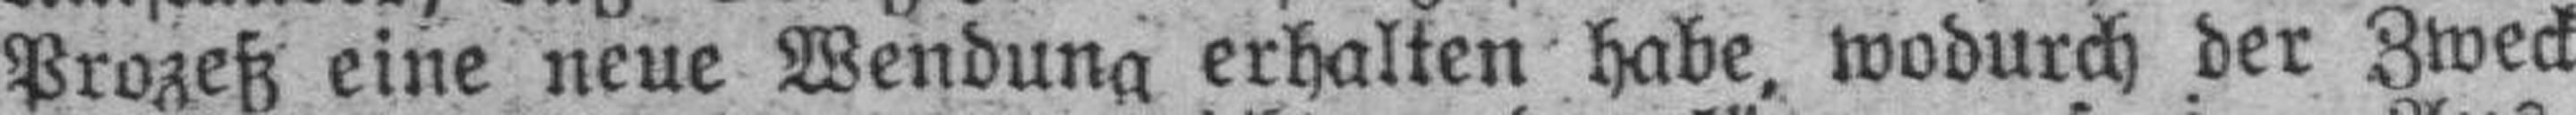
Prozeß eine neue Wendung erhalten habe, wodurch der Zweck